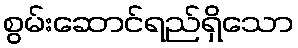
စွမ်းဆောင်ရည်ရှိသော